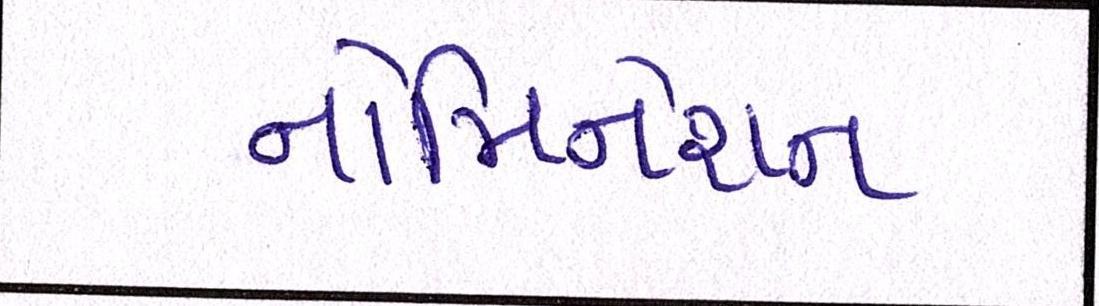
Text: નોમિનેશન